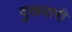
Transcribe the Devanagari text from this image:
दुखयारी